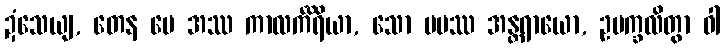
ဍံသေယျ, တေန မေ အဿ ကာလင်္ကိရိယာ, သော မမဿ အန္တရာယော, ဥပက္ခလိတွာ ဝါ